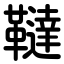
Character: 韃